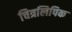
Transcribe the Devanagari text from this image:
चित्रलिपिक